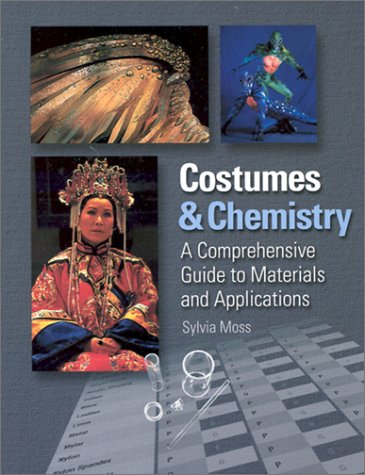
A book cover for Costumes & Chemistry: A Comprehensive Guide to Materials and Applications; Sylvia Moss; Humor & Entertainment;